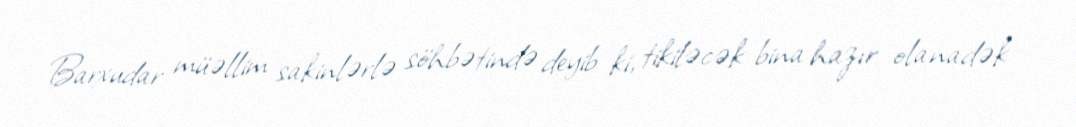
Barxudar müəllim sakinlərlə söhbətində deyib ki, tikiləcək bina hazır olanadək